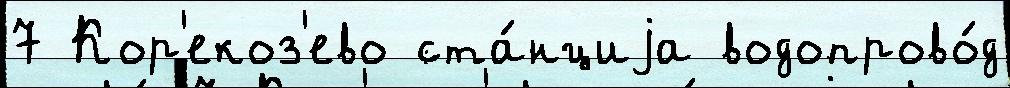
7 Кор'екоз'ево ста́нциjа водопрово́д